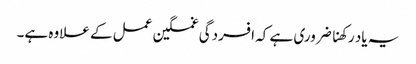
یہ یاد رکھنا ضروری ہے کہ افسردگی غمگین عمل کے علاوہ ہے۔